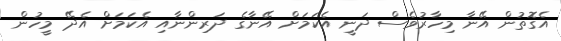
އެގޮތުން އޭނާ މިހާރުވެސް ދަނީ އެކަމަށް އޭނާގެ ދަރިންނާއި އެކަމަށް އެދޭ މީހުން